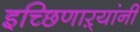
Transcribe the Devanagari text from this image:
इच्छिणाऱ्यांनी